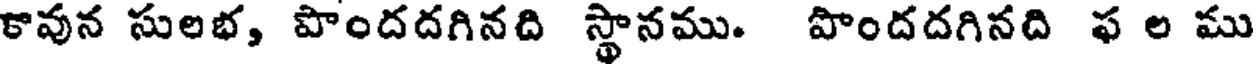
కావున సులభ, పొందదగినది స్థానము. పొందదగినది ఫ ల ము